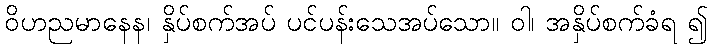
ဝိဟညမာနေန၊ နှိပ်စက်အပ် ပင်ပန်းသေအပ်သော။ ဝါ၊ အနှိပ်စက်ခံရ ၍